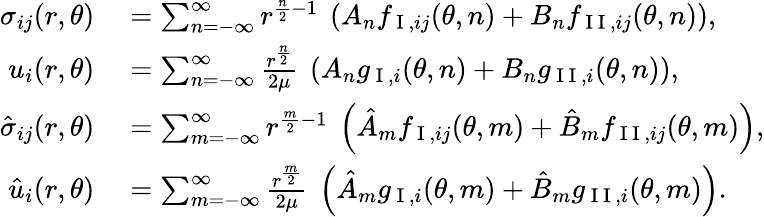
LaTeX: \begin{array}{rl}{\sigma_{ij}(r,\theta)}&{{}=\sum_{n=-\infty}^{\infty}{r^{\frac{n}{2}-1}\ \left(A_{n}f_{\mathrm{~I~},ij}(\theta,n)+B_{n}f_{\mathrm{~I~I~},ij}(\theta,n)\right)},}\\ {u_{i}(r,\theta)}&{{}=\sum_{n=-\infty}^{\infty}\frac{r^{\frac{n}{2}}}{2\mu}\ \left(A_{n}g_{\mathrm{~I~},i}(\theta,n)+B_{n}g_{\mathrm{~I~I~},i}(\theta,n)\right),}\\ {\hat{\sigma}_{ij}(r,\theta)}&{{}=\sum_{m=-\infty}^{\infty}{r^{\frac{m}{2}-1}\ \left(\hat{A}_{m}f_{\mathrm{~I~},ij}(\theta,m)+\hat{B}_{m}f_{\mathrm{~I~I~},ij}(\theta,m)\right)},}\\ {\hat{u}_{i}(r,\theta)}&{{}=\sum_{m=-\infty}^{\infty}\frac{r^{\frac{m}{2}}}{2\mu}\ \left(\hat{A}_{m}g_{\mathrm{~I~},i}(\theta,m)+\hat{B}_{m}g_{\mathrm{~I~I~},i}(\theta,m)\right).}\end{array}